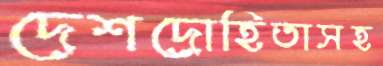
দেশদ্রোহিতাসহ